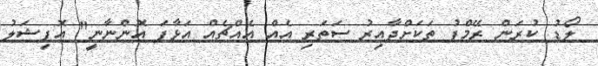
ލޯޑު ކުރަން ރޭމްޕު ތަކަށްދާއިރު ސަތަރި އެއް އެއްޗެއް އަޅާފަ އޮންނާނީ" އޮފިޝަލު